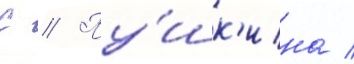
С // Пу́шк'ина /